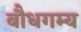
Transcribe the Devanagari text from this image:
बौधगम्य